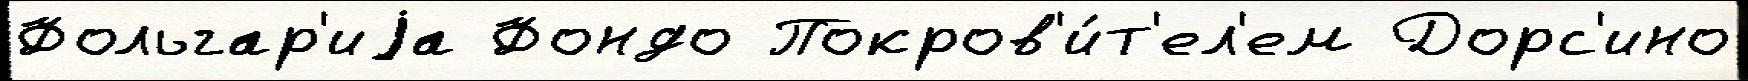
Фольгар'иjа Фондо Покров'и́т'ел'ем Дорс'ино